Medical and sanitary report of the native army of Madras for the year
Year: 1877
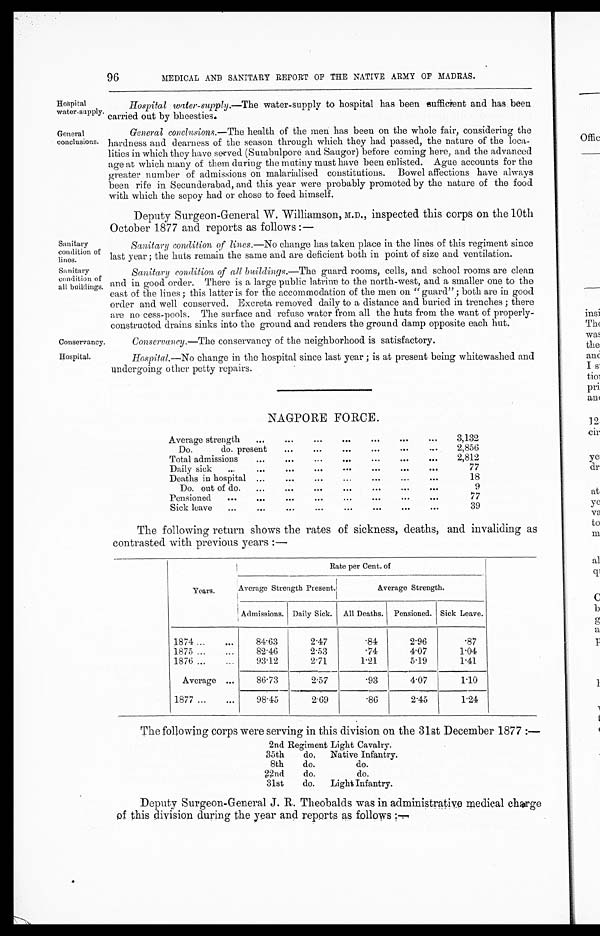
Hospitals
water-supply.
General
conclusions.
Sanitary
condition of
lines.
Sanitary
condition of
all buildings.
Conservancy.
Hospital.
96
MEDICAL AND SANITARY REPORT OF THE NATIVE ARMY OF MADRAS.
Hospital water-supply.—The water-supply to hospital has been sufficient and has been
carried out by bheesties.
General conclusions.— The health of the men has been on the whole fair, considering the
hardness and dearness of the season through which they had passed, the nature of the loca-
lities in which they have served (Sumbulpore and Saugor) before coming here, and the advanced
age at which many of them during the mutiny must have been enlisted. Ague accounts for the
greater number of admissions on malarialised constitutions. Bowel affections have always
been rife in Secunderabad, and this year were probably promoted by the nature of the food
with which the sepoy had or chose to feed himself.
Deputy Surgeon-General W. Williamson, M.D., inspected this corps on the 10th
October 1877 and reports as follows:—
Sanitary condition of lines.— No change has taken place in the lines of this regiment since
last year; the huts remain the same and are deficient both in point of size and ventilation.
Sanitary condition of all buildings.— The guard rooms, cells, and school rooms are clean
and in good order. There is a large public latrine to the north-west, and a smaller one to the
east of the lines; this latter is for the accommodation of the men on "guard"; both are in good
order and well conserved. Excreta removed daily to a distance and buried in trenches; there
are no cess-pools. The surface and refuse water from all the huts from the want of properly-
constructed drains sinks into the ground and renders the ground damp opposite each hut.
Conservancy.—The conservancy of the neighborhood is satisfactory.
Hospital.—No change in the hospital since last year; is at present being whitewashed and
undergoing other petty repairs.
NAGPORE FORCE.
Average strength
...
...
...
...
...
. . .
3,132
Do. do. present
...
...
...
...
...
...
2,856
Total admissions
...
...
...
...
...
. . .
2,812
Daily sick
...
...
...
...
...
...
...
...
77
Deaths in hospital ...
...
...
...
...
...
. . .
18
Do. out of do...
...
...
...
...
...
. . .
9
Pensioned
...
...
...
...
. . .
. . .
Sick leave
...
...
...
...
...
...
...
. . .
77
39
The following return shows the rates of sickness, deaths, and invaliding as
contrasted with previous years:—
Years.
Rate per Cent. of
Average Strength Present.
Average Strength.
Admissions. Daily Sick. All Deaths. Pensioned. Sick Leave.
1874...
...
84.63
2.47
.84
2.96
.87
1875 ...
...
82.46
2.53
.74
4.07
1.04
1876 ...
...
93.12
2.71
1.21
5.19
1.41
Average ...
86.73
2.57
.93
4 . 0 7
1.10
1877 ...
...
98.45
2.69
.86
2.45
1.24
The following corps were serving in this division on the 31st December 1877:—
2nd Regiment Light Cavalry.
35th
do,
Native Infantry.
8th
do.
do.
2nd
do.
do.
31st
do.
Light Infantry.
Deputy Surgeon-General J. R. Theobalds was in administrative medical charge
of this division during the year and reports as follo ws